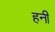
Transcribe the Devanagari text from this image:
हनीं